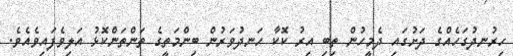
ހިރުނދުގަހެއްގެ ދަށުގައި ދެމީހުން ތިބި އިރު ކޮކާ ހަނދުވަރުން ބިންމަތީގެ ތަންތަންކޮޅު އަލިވެފައިވެއެވެ.